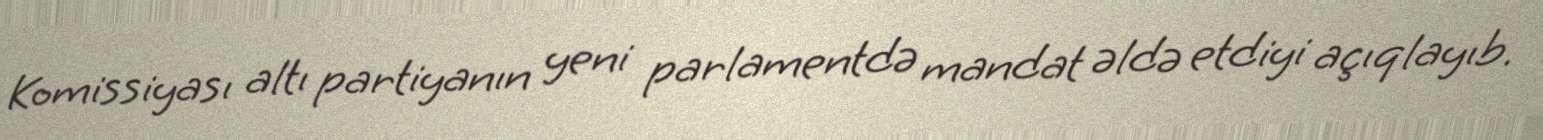
Komissiyası altı partiyanın yeni parlamentdə mandat əldə etdiyi açıqlayıb.